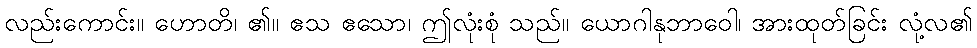
လည်းကောင်း။ ဟောတိ၊ ၏။ ဧသ ဧသော၊ ဤလုံးစုံ သည်။ ယောဂါနုဘာဝေါ၊ အားထုတ်ခြင်း လုံ့လ၏